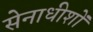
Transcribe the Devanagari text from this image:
सेनाधीशों